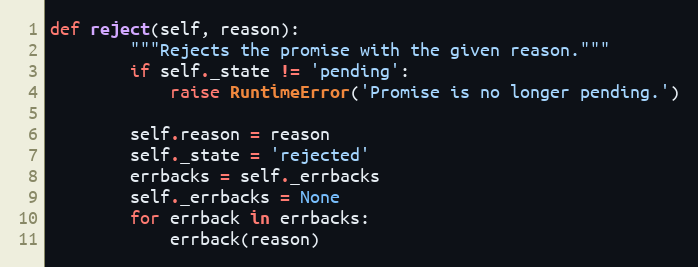
Language: Python
def reject(self, reason):
        """Rejects the promise with the given reason."""
        if self._state != 'pending':
            raise RuntimeError('Promise is no longer pending.')

        self.reason = reason
        self._state = 'rejected'
        errbacks = self._errbacks
        self._errbacks = None
        for errback in errbacks:
            errback(reason)